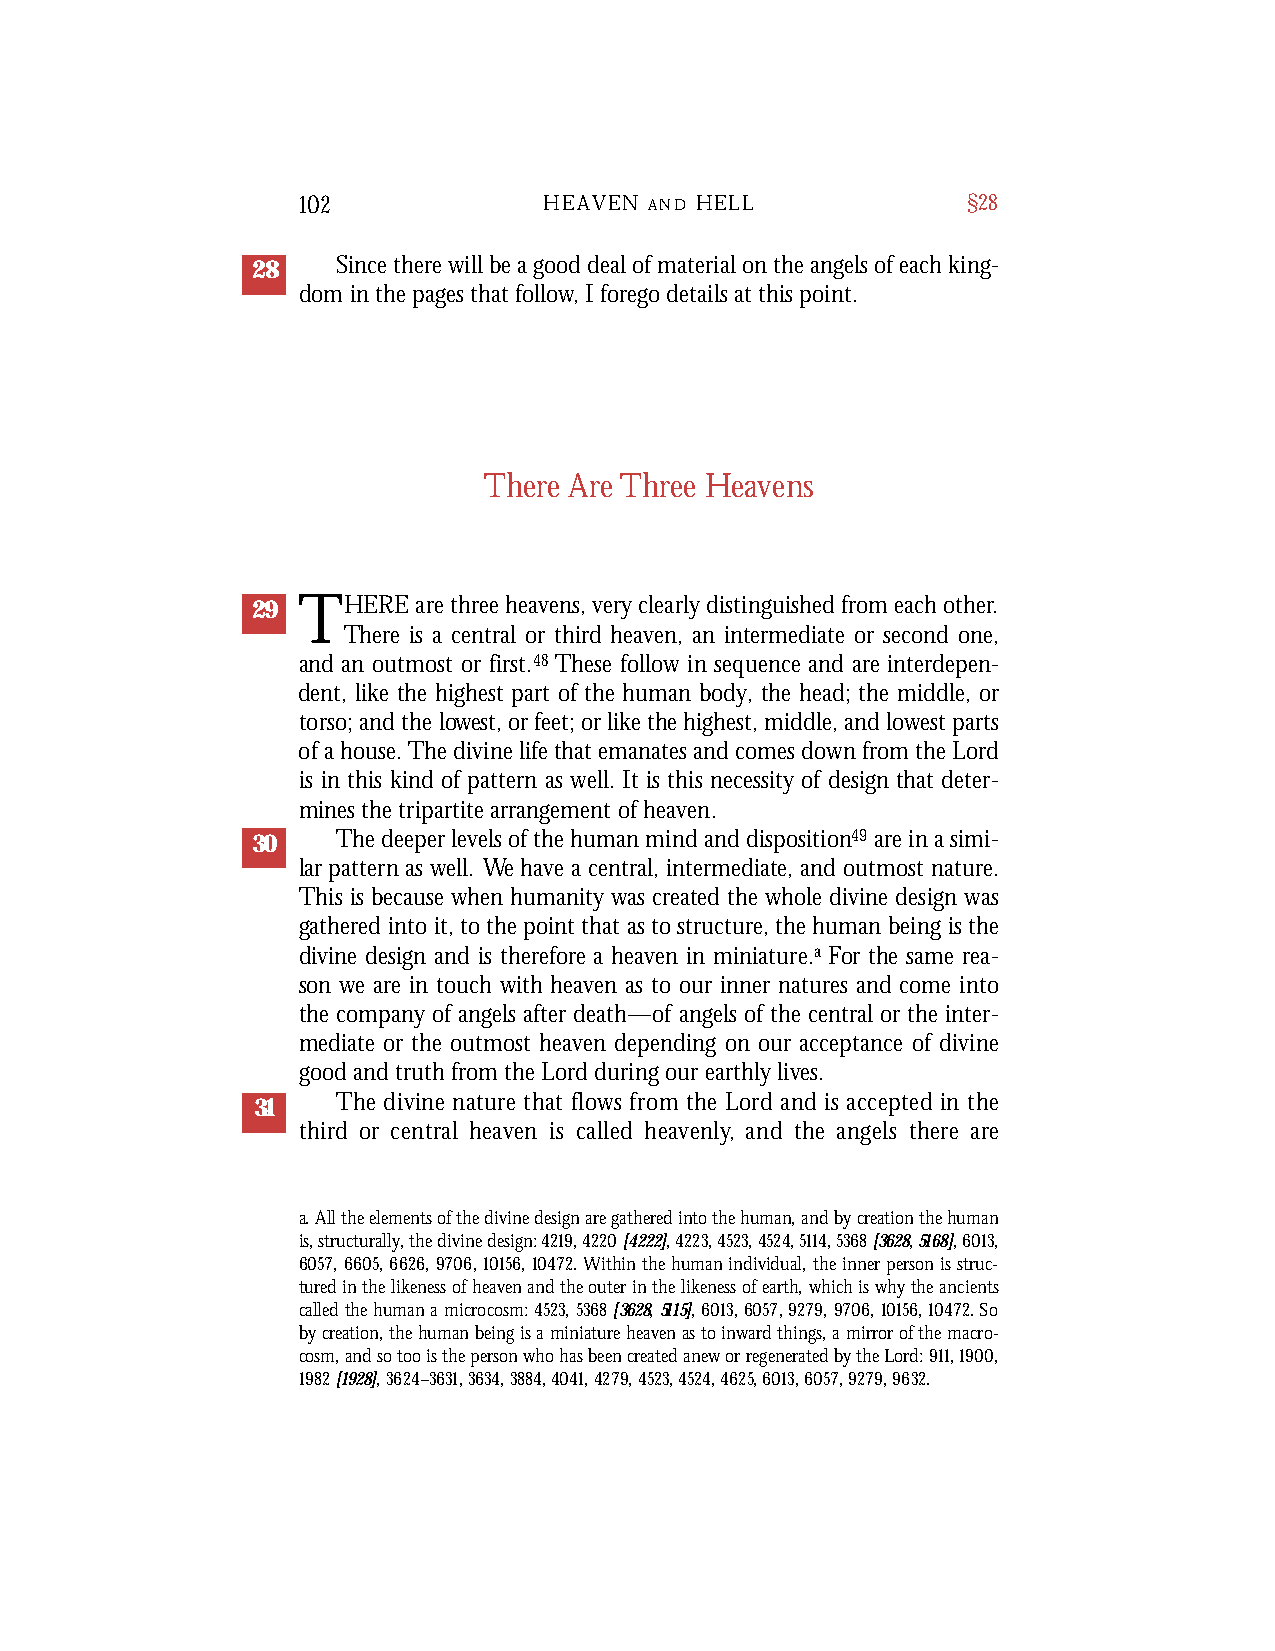
102             HEAVEN A N D H E L L        §28
 28   Since there will be a good deal of material on the angels of each king-
 dom in the pages that follow, I forego details at this point.
 There Are Three Heavens
 29 THERE   are three heavens, very clearly distinguished from each other.
 There is a central or third heaven, an intermediate or second one,
 and an outmost or first.48 These follow in sequence and are interdepen-
 dent, like the highest part of the human body, the head; the middle, or
 torso; and the lowest, or feet; or like the highest, middle, and lowest parts
 of a house. The divine life that emanates and comes down from the Lord
 is in this kind of pattern as well. It is this necessity of design that deter-
 mines the tripartite arrangement of heaven.
 30   The deeper levels of the human mind and disposition49are in a simi-
 lar pattern as well. We have a central, intermediate, and outmost nature.
 This is because when humanity was created the whole divine design was
 gathered into it, to the point that as to structure, the human being is the
 divine design and is therefore a heaven in miniature.a For the same rea-
 son we are in touch with heaven as to our inner natures and come into
 the company of angels after death—of angels of the central or the inter-
 mediate or the outmost heaven depending on our acceptance of divine
 good and truth from the Lord during our earthly lives.
 The divine nature that flows from the Lord and is accepted in the
 31
 t h i rd or central heaven is called heave n l y, and the angels there are
 a. All the elements of the divine design are gathered into the human, and by creation the human
 is, structurally, the divine design: 4219,4220[4222],4223,4523,4524,5114,5368[3628,5168],6013,
 6057,6605,6626,9706,10156,10472. Within the human individual, the inner person is struc-
 tured in the likeness of heaven and the outer in the likeness of earth, which is why the ancients
 called the human a microcosm: 4523,5368[3628,5115],6013,6057,9279,9706,10156,10472. So
 by creation, the human being is a miniature heaven as to inward things, a mirror of the macro-
 cosm, and so too is the person who has been created anew or regenerated by the Lord: 911,1900,
 1982[1928],3624–3631, 3634, 3884, 4041, 4279, 4523, 4524, 4625, 6013, 6057, 9279, 9632.